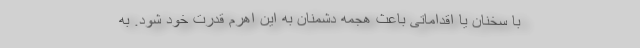
با سخنان یا اقداماتی باعث هجمه دشمنان به این اهرم قدرت خود شود. به